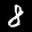
Label: 8